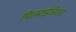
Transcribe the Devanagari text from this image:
पिलराईजेशन